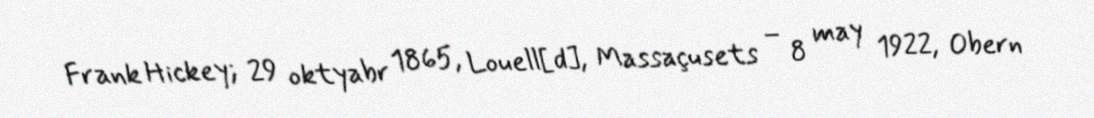
Frank Hickey; 29 oktyabr 1865, Louell[d], Massaçusets – 8 may 1922, Obern